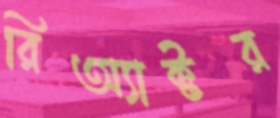
রিঅ্যাক্টর